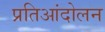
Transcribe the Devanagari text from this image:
प्रतिआंदोलन